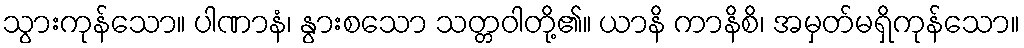
သွားကုန်သော။ ပါဏာနံ၊ နွားစသော သတ္တဝါတို့၏။ ယာနိ ကာနိစိ၊ အမှတ်မရှိကုန်သော။